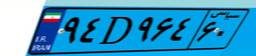
۹۴D۹۶۴۶۰